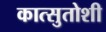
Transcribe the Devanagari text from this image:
कात्सुतोशी